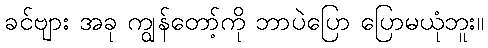
ခင်ဗျား အခု ကျွန်တော့်ကို ဘာပဲပြော ပြောမယုံဘူး။